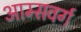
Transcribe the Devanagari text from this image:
आम्सवर्ग